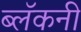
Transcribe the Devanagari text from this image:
ब्लॅकनी